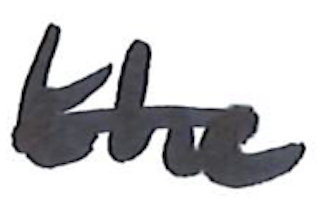
Text: the
Cross-out: mix
Writing tool: marker